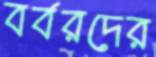
বর্বরদের